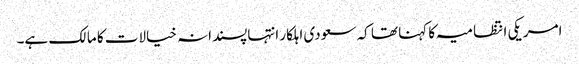
امریکی انتظامیہ کا کہنا تھا کہ سعودی اہلکار انتہاپسندانہ خیالات کا مالک ہے۔